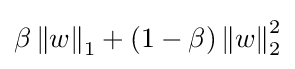
\beta \left\|w\right\|_{1}+(1-\beta )\left\|w\right\|_{2}^{2}